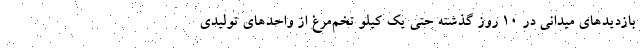
بازدیدهای میدانی در ۱۰ روز گذشته حتی یک کیلو تخم‌مرغ از واحدهای تولیدی